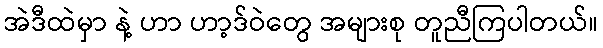
အဲဒီထဲမှာ နဲ့ ဟာ ဟာ့ဒ်ဝဲတွေ အများစု တူညီကြပါတယ်။